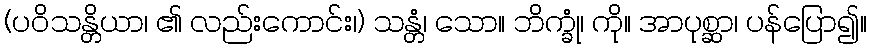
(ပဝိသန္တိယာ၊ ၏ လည်းကောင်း၊) သန္တံ၊ သော။ ဘိက္ခုံ၊ ကို။ အာပုစ္ဆာ၊ ပန်ပြော၍။